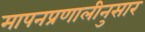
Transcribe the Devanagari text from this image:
मापनप्रणालीनुसार